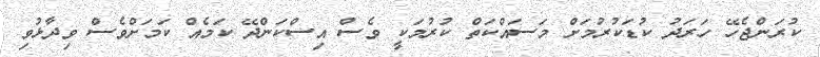
ކުރަންޖެހޭ ހަރަދު ކުޑަކުރުމަށް މަސައްކަތް ކުރުމަކީ ވެސް އިސްކަންދޭ ކަމެއް ކަމަށްވެސް ވިދާޅުވި